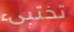
تختبىء